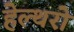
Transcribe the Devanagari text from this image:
हेल्थरो